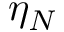
\eta _ { N }